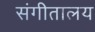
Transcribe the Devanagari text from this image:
संगीतालय